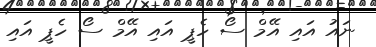
ނައު އައި އޭމް ސޯ ހެޕީ އައި އޭމް ސޯ ހެޕީ އައި